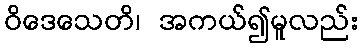
ဝိဒေသေတိ၊ အကယ်၍မူလည်း